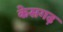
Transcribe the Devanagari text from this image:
केसगढ़